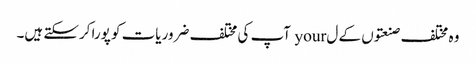
وہ مختلف صنعتوں کے ل your آپ کی مختلف ضروریات کو پورا کرسکتے ہیں۔